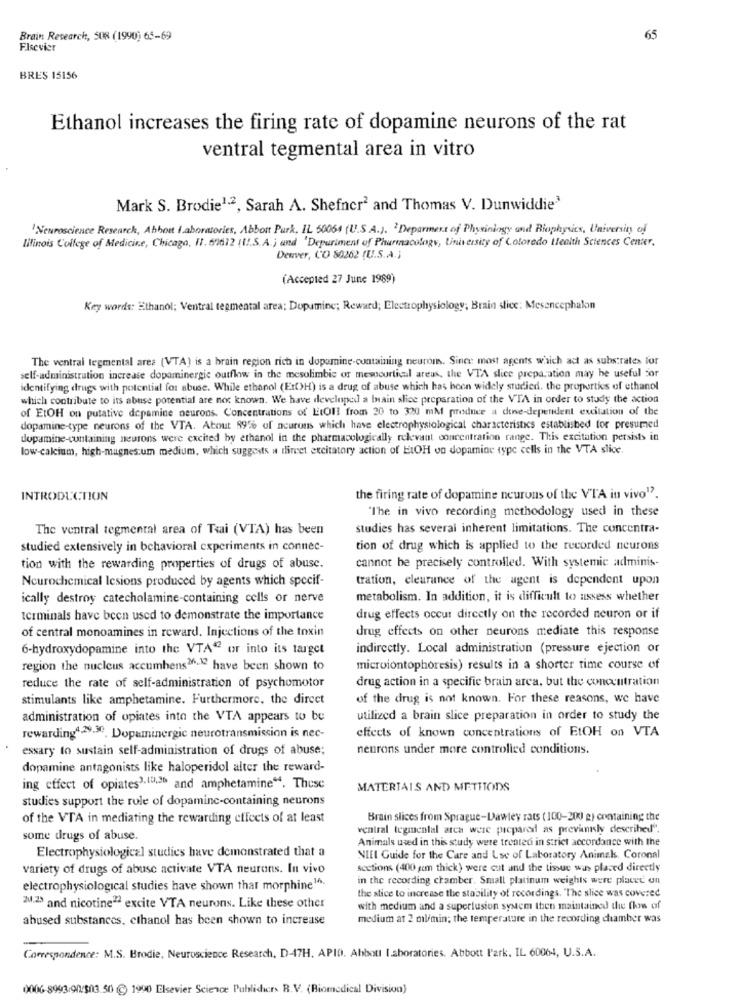
Brain Research, 508 (1990) 65-69
65
Elsevier
BRES 15156
Ethanol increases the firing rate of dopamine neurons of the rat
ventral tegmental area in vitro
Mark S. Brodie1.2, Sarah A. Shefner2 and Thomas V. Dunwiddie3
"Neuroscience Research, Abbott laboratories, Abbort Purk, IL 50064 (U.S.A.). ' Deparment of Physiology and Biophysics, University of
Lifinois College of Medicine, Chicago, 11. 67612 (1 !. S.A.) and 'Depuriment of Pharmacology, University of Colorado Health Sciences Center.
Denver, CO 80262 (U.S.A .;
(Accepted 27 June 1989)
Key words: Ethanol; Ventral tepmental area: Dopamine; Reward; Electrophysiology; Brain slice: Mesencephalon
The ventral legmental area (VTA) is a brain region rich in dopamine-containing neurom. Since most agents which act as substrates for
self-administration increase dopaminergic outflow in the mesolimbic or mesocortical areus, the VTA slice preparation may be useful sor
identifying drugs with potential for abuse. While ethanol (Er(H) is a drug of abuse which has been widely studied. the properties of ethanol
which contribute to its abuse potential are not known. We have developed a brain slice preparation of the VTA in order to study the action
of EtOH on putative dopamine neurons. Concentrations of EtOH from 20 to 320 mM preduce a dense-dependent excitation of the
dopamine-type neurons of the VTA. About 89% of neurons which have electrophysiological characteristics established for presumed
dopamine-containing neurons were excited by ethanol in the pharmacologically relevant concentration range. This excitation persists in
low-calcium, high-magnes.um medium, which suggests w dircet excitatory action of EtOH vo dopamine type cells in the VTA slice.
INTRODUCTION
the firing rate of dopamine neurons of the VTA in vivo".
"The in vivo recording methodology used in these
The ventral tegmental area of Tsai (VTA) has been
studies has several inherent limitations. The concentra-
studied extensively in behavioral experiments in connec-
tion of drug which is applied to the recorded neurons
cannot be precisely controlled. With systemic adminis-
tion with the rewarding properties of drugs of abuse.
Ncurochemical Icsions produced by agents which specif-
tration, clearance of the agent is dependent upon
ically destroy catecholamine-containing cells or nerve
metabolism. In addition, it is difficult to assess whether
terminals have been used to demonstrate the importance
drug effects occur directly on the recorded neuron or if
of central monoamines in reward. Injections of the toxin
drug effects on other neurons mediate this response
6-hydroxydopamine into the VTA" or into its target
indirectly. Local administration (pressure ejection or
region the nucleus accumbens 26.12 have been shown to
microiontophoresis) results in a shorter time course of
drug action in a specific brain area, but the concentration
reduce the rate of self-administration of psychomotor
stimulants like amphetamine. Furthermore, the direct
of the drug is not known. For these reasons, we have
administration of opiates into the VTA appears to be
utilized a brain slice preparation in order to study the
effects of known concentrations of EtOH on VTA
rewarding4 29.30. Dopaminergic neurotransmission is nec-
essary to sustain self-administration of drugs of abuse;
neurons under more controlled conditions.
dopamine antagonists like haloperidol alter the reward-
ing effect of opiates3,19,36 and amphetamine". These
MATERIALS AND METHODS
studies support the role of dopaminc-containing neurons
of the VTA in mediating the rewarding effects of at least
Brain slices from Sprague-Dawley rats ( 100-200 g) containing the
ventral legmental arca were prepared as previously described".
some drugs of abuse.
Animals used in this study were treated in strict accordance with the
Electrophysiological studies have demonstrated that a
NIEI Guide for the Care and Use of Laboratory Animals. Coronal
variety of drugs of abuse activate VTA neurons. In vivo
sections (400 gcm thick) were cut and the tissue was placed directly
in the recording chamber. Small platinum weights were placet un
electrophysiological studies have shown that morphine1.
the stice to increase the stability of recordings. "The slice was covered
zu.23 and nicotine" excite VTA neurons. Like these other
with medium and a superlusion system then maintained the fhas of
abused substances, ethanol has been shown to increase
medium at 2 ml/min; the temperature in the recording chamber was
Correspondence: M.S. Brodie, Neuroscience Research, D-17H. APIO. Abbott laboratories. Abbott Park, IL 60064, U.S.A.
0006-8993/90/503.50 @ 1990 Elsevier Science Publiders R.V. (Biomedical Division)